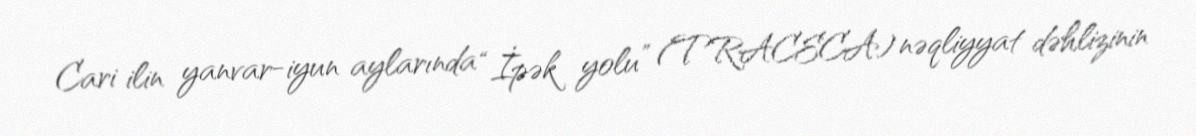
Cari ilin yanvar-iyun aylarında “İpək yolu” (TRACECA) nəqliyyat dəhlizinin